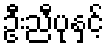
ဦးညီပုနှင့်